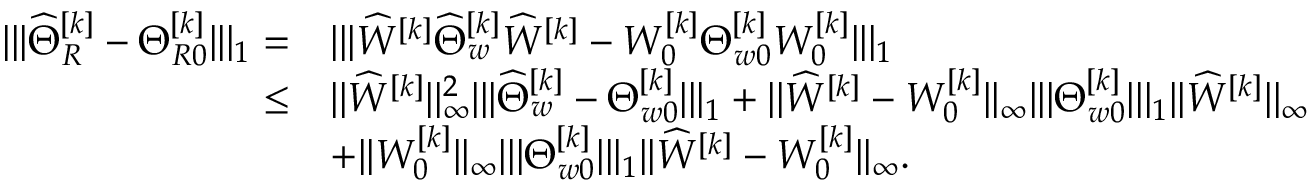
\begin{array} { r l } { | | | \widehat { \Theta } _ { R } ^ { [ k ] } - \Theta _ { R 0 } ^ { [ k ] } | | | _ { 1 } = } & { | | | \widehat { W } ^ { [ k ] } \widehat { \Theta } _ { w } ^ { [ k ] } \widehat { W } ^ { [ k ] } - W _ { 0 } ^ { [ k ] } \Theta _ { w 0 } ^ { [ k ] } W _ { 0 } ^ { [ k ] } | | | _ { 1 } } \\ { \leq } & { | | \widehat { W } ^ { [ k ] } | | _ { \infty } ^ { 2 } | | | \widehat { \Theta } _ { w } ^ { [ k ] } - \Theta _ { w 0 } ^ { [ k ] } | | | _ { 1 } + | | \widehat { W } ^ { [ k ] } - W _ { 0 } ^ { [ k ] } | | _ { \infty } | | | \Theta _ { w 0 } ^ { [ k ] } | | | _ { 1 } | | \widehat { W } ^ { [ k ] } | | _ { \infty } } \\ & { + | | W _ { 0 } ^ { [ k ] } | | _ { \infty } | | | \Theta _ { w 0 } ^ { [ k ] } | | | _ { 1 } | | \widehat { W } ^ { [ k ] } - W _ { 0 } ^ { [ k ] } | | _ { \infty } . } \end{array}